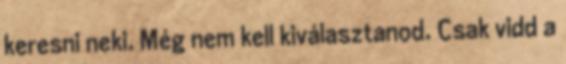
keresni neki. Még nem kell kiválasztanod. Csak vidd a